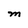
Character: M